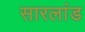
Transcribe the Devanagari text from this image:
सारलांड